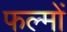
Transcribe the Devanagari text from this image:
फल्मों